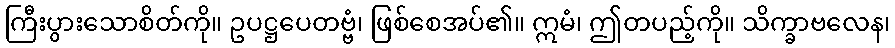
ကြီးပွားသောစိတ်ကို။ ဥပဋ္ဌပေတဗ္ဗံ၊ ဖြစ်စေအပ်၏။ ဣမံ၊ ဤတပည့်ကို။ သိက္ခာဗလေန၊